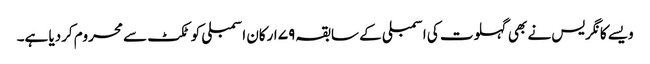
ویسے کانگریس نے بھی گہلوت کی اسمبلی کے سابقہ ۷۹ ارکان اسمبلی کو ٹکٹ سے محروم کردیا ہے۔